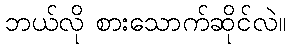
ဘယ်လို စားသောက်ဆိုင်လဲ။